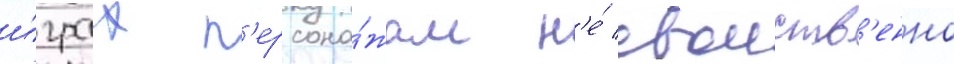
и́грах п'ерсона́жам н'е́ своиств'енно